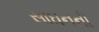
સાઘનની